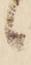
候